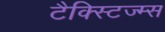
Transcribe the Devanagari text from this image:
टैक्स्टिज्म्स